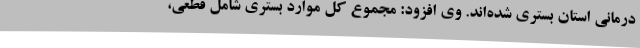
درمانی استان بستری شده‌اند. وی افزود: مجموع کل موارد بستری شامل قطعی،